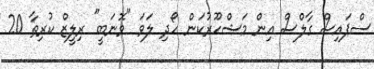
ސްޕައިސް ގާލްސް އިން މަޝްހޫރުކަން ހޯދި ލަވަ "ވޮނަބީ" ރިލީޒް ކުރިތާ 20